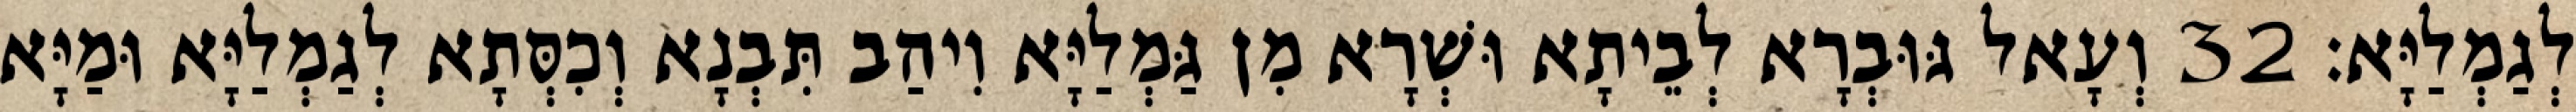
לְגַמְלַיָּא׃ 32 וְעָאל גּוּבְרָא לְבֵיתָא וּשְׁרָא מִן גַּמְלַיָּא וִיהַב תִּבְנָא וְכִסְּתָא לְגַמְלַיָּא וּמַיָּא